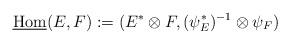
LaTeX: \begin{align*}{\rm \underline{Hom}}(E,F):=(E^{*}\otimes{F},(\psi_{E}^{*})^{-1}\otimes\psi_{F})\end{align*}